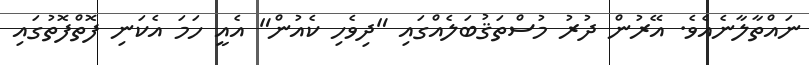
ނައްތާލާނެއެވެ. އޭރުން ދުރު މުސްތަޤުބަލެއްގައި "ދިވެހި ކެއުން" އެއީ ހަމަ އެކަނި ފޮތްފޮތުގައި